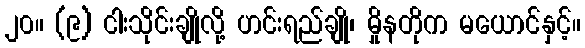
၂၀။ (၉) ငါးသိုင်းချိုလို့ ဟင်းရည်ချို၊ မှိုနတိုက မယောင်နှင့်။